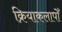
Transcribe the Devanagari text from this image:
क्रियाकलापोँ